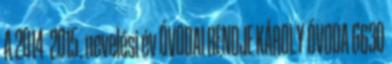
A 2014 2015. nevelési év ÓVODAI RENDJE KÁROLY ÓVODA 6630